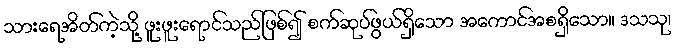
သားရေအိတ်ကဲ့သို့ ဖူးဖူးရောင်သည်ဖြစ်၍ စက်ဆုပ်ဖွယ်ရှိသော အကောင်အစရှိသော။ ဒသသု၊